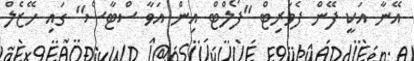
އޭނާ އަކީ ފޭން ފެވަރިޓް "ފޯލްޓް އިން އަވާ ސްޓާސް" ގައި ހޭޒެލް